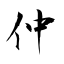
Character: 仲